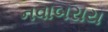
નવાબરાય